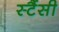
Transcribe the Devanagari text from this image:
स्टैंसी